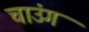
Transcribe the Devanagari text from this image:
चाउंग